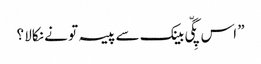
” اس پِگّی بینک سے پیسہ تو نے نکالا ؟